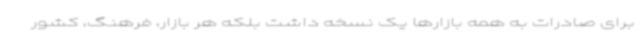
برای صادرات به همه بازارها یک نسخه داشت بلکه هر بازار، فرهنگ، کشور